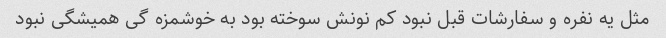
مثل یه نفره و سفارشات قبل نبود کم نونش سوخته بود به خوشمزه گی همیشگی نبود